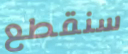
سنقطع